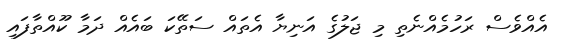
އެއްވެސް ރަހުމެއްނެތި މި ޖަލުގެ އަނިޔާ އެތައް ސަތޭކަ ބައެއް ދަމާ ކޫއްތާފައި